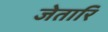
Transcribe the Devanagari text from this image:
जेतारि